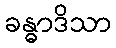
ခန္ဓာဒိသာ